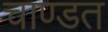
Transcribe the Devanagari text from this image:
चाण्डत